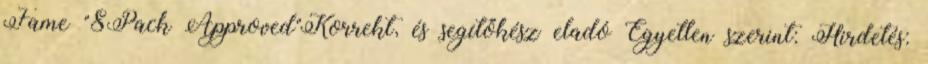
Fame "8Pack Approved"Korrekt, és segítőkész eladó Egyetlen szerint: Hirdetés: